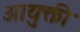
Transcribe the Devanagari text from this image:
आयुक्ती